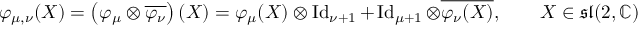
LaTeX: \varphi _ { \mu , \nu } ( X ) = \left( \varphi _ { \mu } \otimes { \overline { { \varphi _ { \nu } } } } \right) ( X ) = \varphi _ { \mu } ( X ) \otimes \operatorname { I d } _ { \nu + 1 } + \operatorname { I d } _ { \mu + 1 } \otimes { \overline { { \varphi _ { \nu } ( X ) } } } , \qquad X \in { \mathfrak { s l } } ( 2 , \mathbb { C } )